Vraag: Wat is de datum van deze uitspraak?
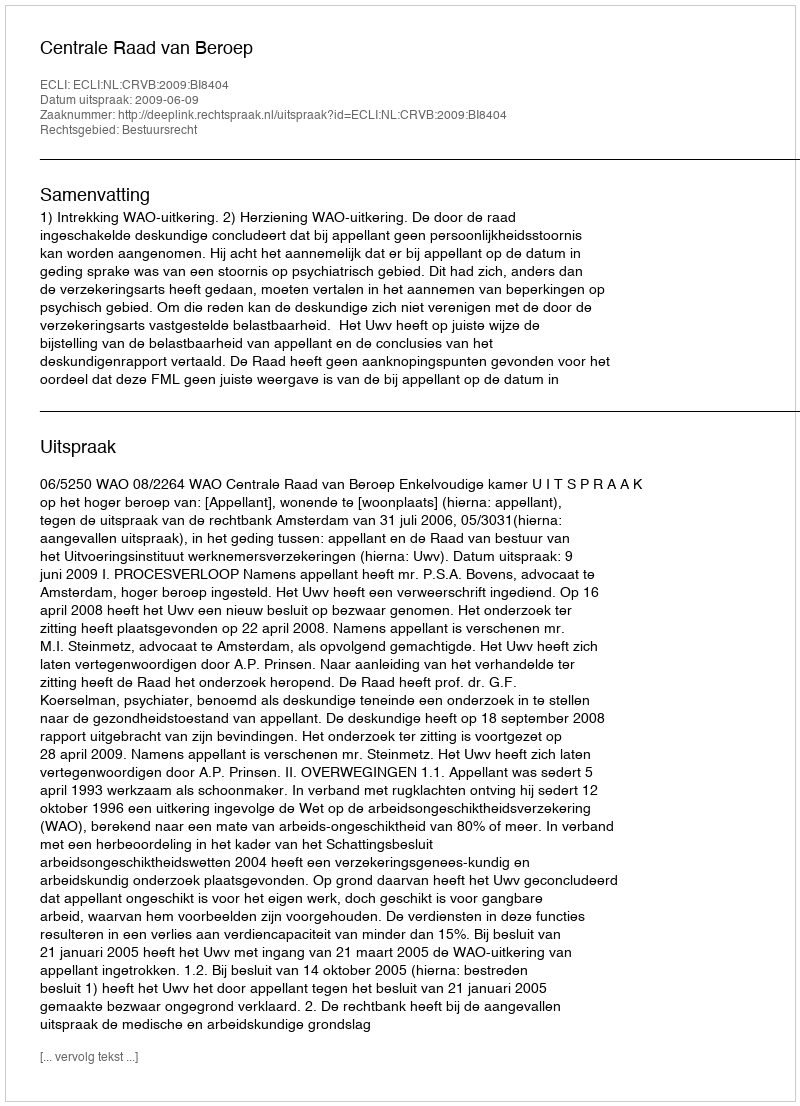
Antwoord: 2009-06-09